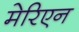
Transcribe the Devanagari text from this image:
मेरिएन